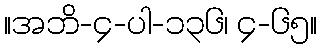
။အဘိ-၄-ပါ-၁၃၆၊ ၄-၆၅။